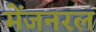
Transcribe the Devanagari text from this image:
मेंजनरल